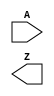

(* blackbox *)
module gclkbuff (
    input  A,
    output Z
);

  assign Z = A;

endmodule